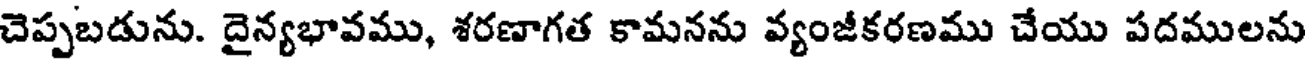
చెప్పబడును. దైన్యభావము, శరణాగత కామనను వ్యంజీకరణము చేయు పదములను